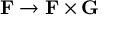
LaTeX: \mathbf { F } \rightarrow \mathbf { F } \times \mathbf { G }